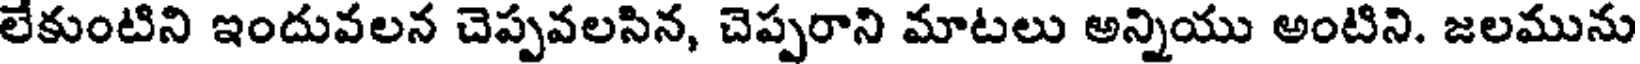
లేకుంటిని ఇందువలన చెప్పవలసిన, చెప్పరాని మాటలు అన్నియు అంటిని. జలమును